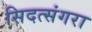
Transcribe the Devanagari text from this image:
सिदत्संगरा